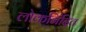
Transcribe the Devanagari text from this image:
लोकनिंदित